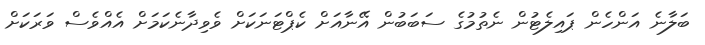
ބަލާނެ އަންހެން ޕައިލެޓުން ނެތުމުގެ ސަބަބުން އޭނާއަށް ކެޕްޓަނަކަށް ވެވިދާނެކަމަށް އެއްވެސް ވަރަކަށް